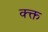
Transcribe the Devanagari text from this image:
क्क्त